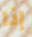
إذا